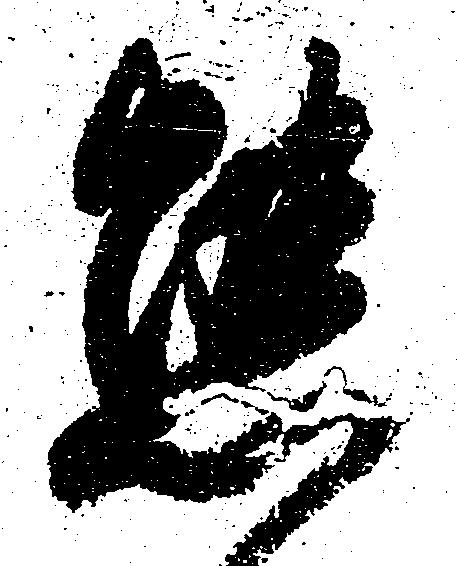
態